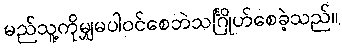
မည်သူ့ကိုမျှမပါဝင်စေဘဲသင်္ဂြိုဟ်စေခဲ့သည်။